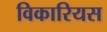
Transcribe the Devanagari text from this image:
विकारियस